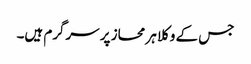
جس کے وکلا ہر محاز پر سرگرم ہیں۔